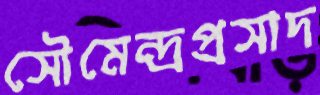
সৌমেন্দ্রপ্রসাদ